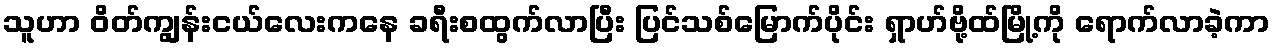
သူဟာ ဝိတ်ကျွန်းငယ်လေးကနေ ခရီးစထွက်လာပြီး ပြင်သစ်မြောက်ပိုင်း ရှာဟ်ဗို့ထ်မြို့ကို ရောက်လာခဲ့ကာ